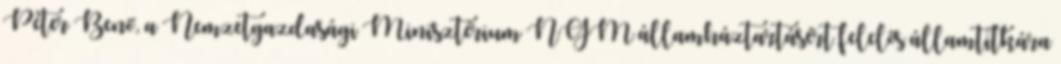
Péter Benő, a Nemzetgazdasági Minisztérium NGM államháztartásért felelős államtitkára